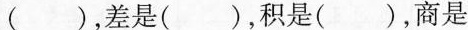
()，差是()，积是()，商是